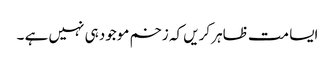
ایسا مت ظاہر کریں کہ زخم موجود ہی نہیں ہے ۔